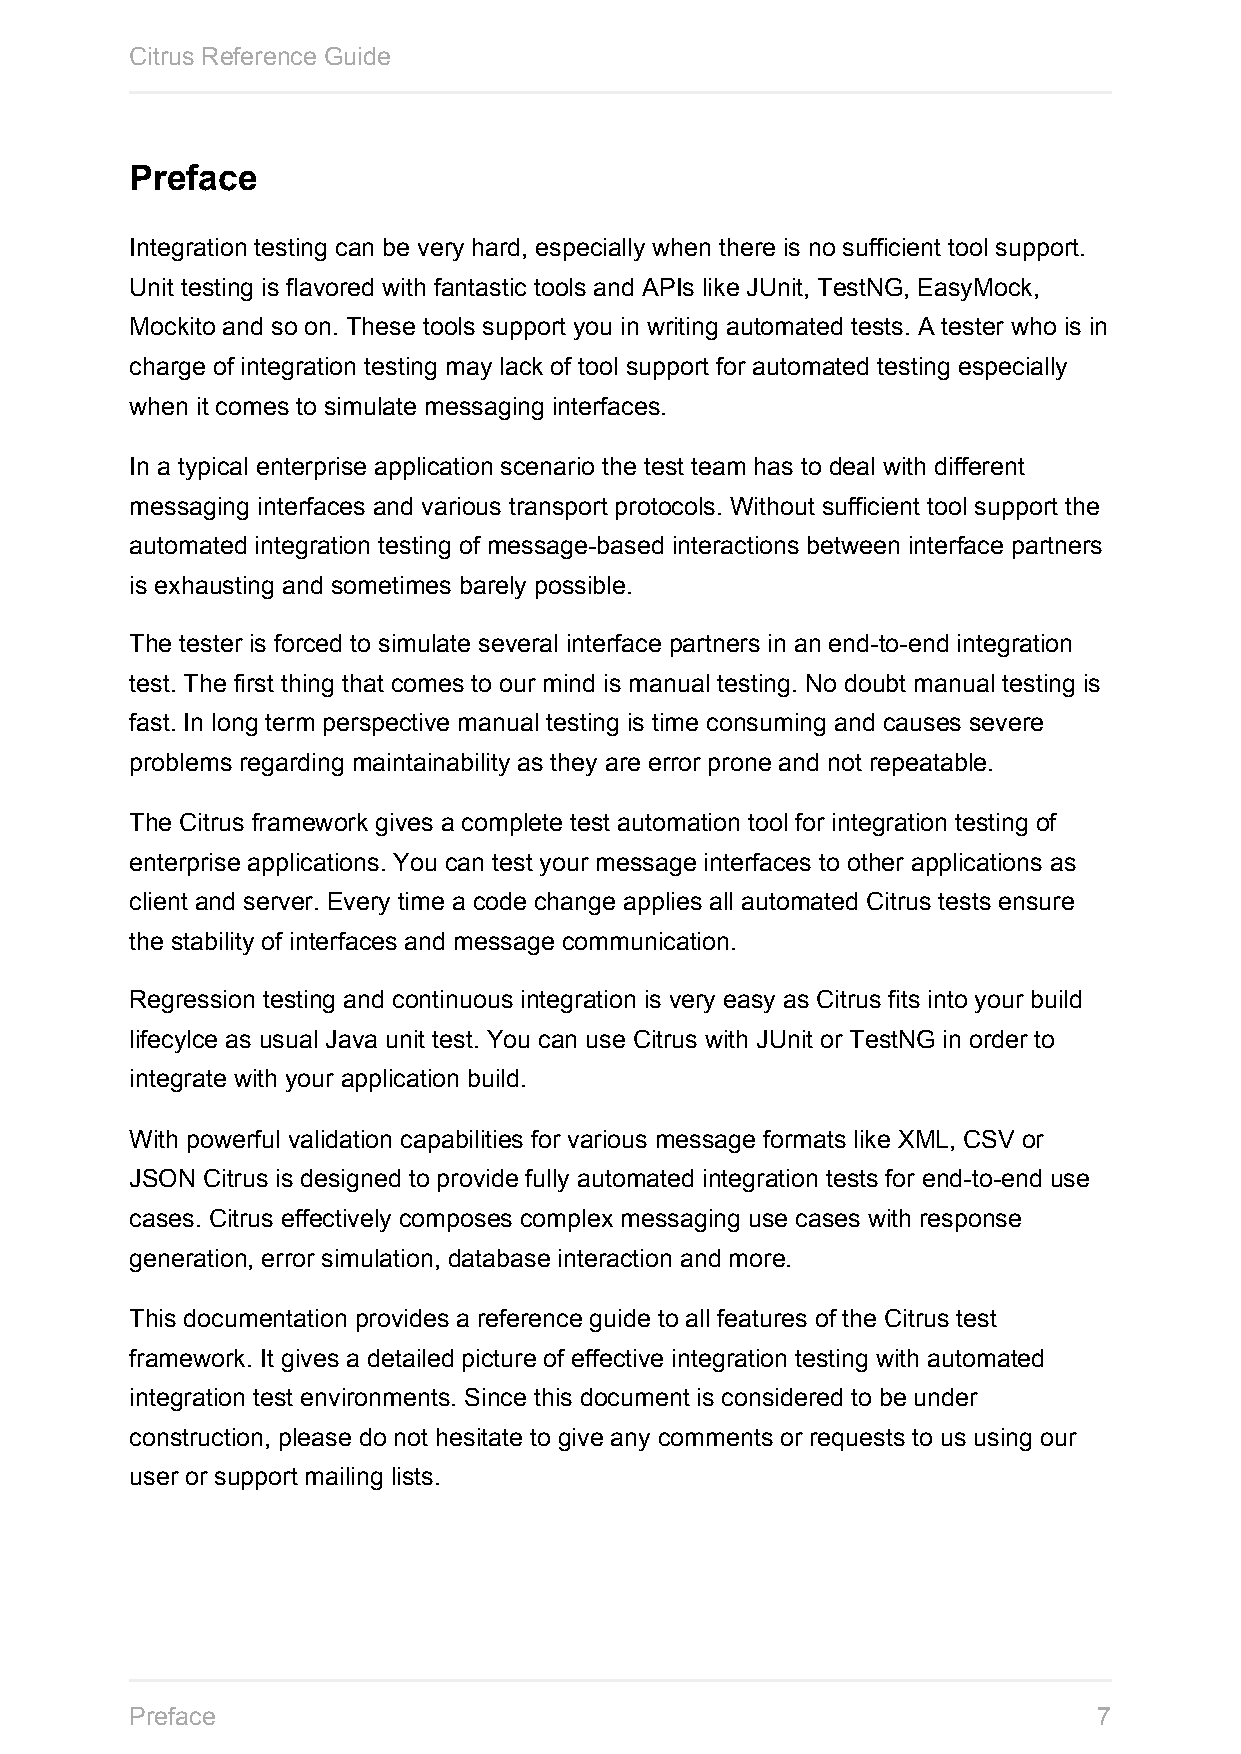
Citrus Reference Guide
 Preface
 Integration testing can be very hard, especially when there is no sufficient tool support.
 Unit testing is flavored with fantastic tools and APIs like JUnit, TestNG, EasyMock,
 Mockito and so on. These tools support you in writing automated tests. A tester who is in
 charge of integration testing may lack of tool support for automated testing especially
 when it comes to simulate messaging interfaces.
 In a typical enterprise application scenario the test team has to deal with different
 messaging interfaces and various transport protocols. Without sufficient tool support the
 automated integration testing of message-based interactions between interface partners
 is exhausting and sometimes barely possible.
 The tester is forced to simulate several interface partners in an end-to-end integration
 test. The first thing that comes to our mind is manual testing. No doubt manual testing is
 fast. In long term perspective manual testing is time consuming and causes severe
 problems regarding maintainability as they are error prone and not repeatable.
 The Citrus framework gives a complete test automation tool for integration testing of
 enterprise applications. You can test your message interfaces to other applications as
 client and server. Every time a code change applies all automated Citrus tests ensure
 the stability of interfaces and message communication.
 Regression testing and continuous integration is very easy as Citrus fits into your build
 lifecylce as usual Java unit test. You can use Citrus with JUnit or TestNG in order to
 integrate with your application build.
 With powerful validation capabilities for various message formats like XML, CSV or
 JSON Citrus is designed to provide fully automated integration tests for end-to-end use
 cases. Citrus effectively composes complex messaging use cases with response
 generation, error simulation, database interaction and more.
 This documentation provides a reference guide to all features of the Citrus test
 framework. It gives a detailed picture of effective integration testing with automated
 integration test environments. Since this document is considered to be under
 construction, please do not hesitate to give any comments or requests to us using our
 user or support mailing lists.
 Preface                                                         7